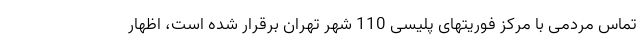
تماس مردمی با مرکز فوریتهای پلیسی 110 شهر تهران برقرار شده است، اظهار